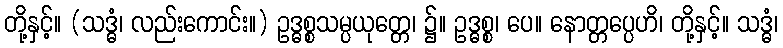
တို့နှင့်။ (သဒ္ဓံ၊ လည်းကောင်း။) ဥဒ္ဓစ္စသမ္ပယုတ္တေ၊ ၌။ ဥဒ္ဓစ္စ၊ ပေ။ နောတ္တပ္ပေဟိ၊ တို့နှင့်။ သဒ္ဓံ၊